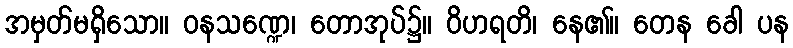
အမှတ်မရှိသော။ ဝနသဏ္ဍေ၊ တောအုပ်၌။ ဝိဟရတိ၊ နေ၏။ တေန ခေါ ပန